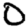
Digit: 0